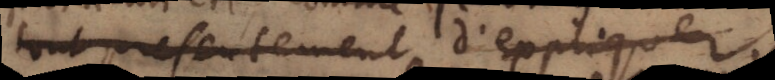
tout presentement d’expliquer